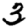
Digit: 3